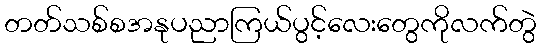
တတ်သစ်စအနုပညာကြယ်ပွင့်လေးတွေကိုလက်တွဲ